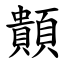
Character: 䫭